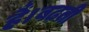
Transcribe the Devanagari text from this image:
हैं।बढ़ती